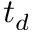
t _ { d }